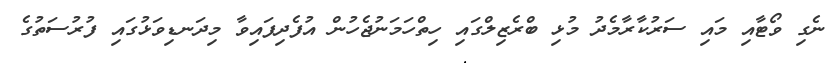
ނެގި ވޯޓާއި މައި ސަރުކާރާމެދު މުޅި ބްރެޒިލްގައި ހިތްހަމަނުޖެހުން އުފެދިފައިވާ މިދަނޑިވަޅުގައި ފުރުސަތުގެ